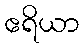
ဧရိယာ